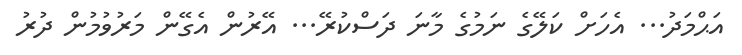
އަޙްމަދު... އެހަށް ކަލޭގެ ނަމުގެ މާނަ ދަސްކުރޭ... އޭރުން އެގޭން މަރުވުމުން ދުރު